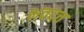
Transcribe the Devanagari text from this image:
भवदत्त